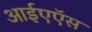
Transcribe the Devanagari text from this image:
आईएऍस